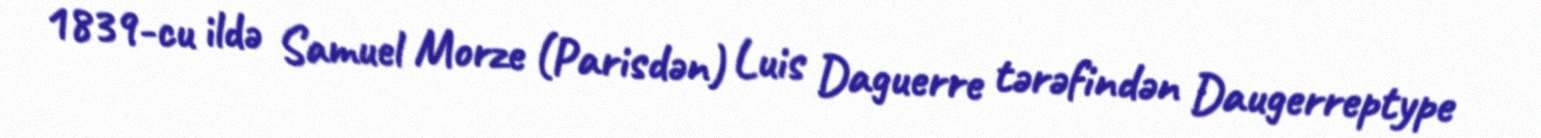
1839-cu ildə Samuel Morze (Parisdən) Luis Daguerre tərəfindən Daugerreptype